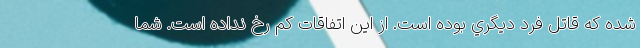
شده كه قاتل فرد ديگري بوده است. از اين اتفاقات كم رخ نداده است. شما